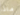
ماذا